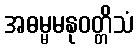
အဓမ္မမနုဝတ္တိသံ